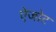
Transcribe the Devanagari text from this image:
ऐजोट